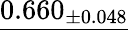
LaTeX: \underline{{0.660_{\pm 0.048}}}